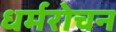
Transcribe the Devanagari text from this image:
धर्मरोचन